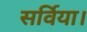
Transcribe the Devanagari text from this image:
सर्विया।